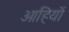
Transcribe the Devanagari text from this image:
ओहियों